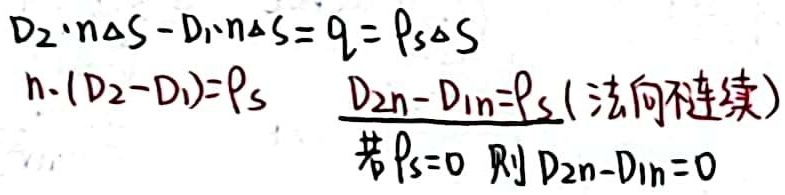
\[
\begin{align*}
D_2\cdot n\Delta S - D_1\cdot n\Delta S&=q = \rho_s\Delta S\\
n\cdot (D_2 - D_1)&=\rho_s\\
D_{2n}-D_{1n}&=\rho_s \text{ (法向不连续)}\\
\text{若 }\rho_s = 0 \text{ 则 }D_{2n}-D_{1n}&=0
\end{align*}
\]